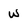
Character: w